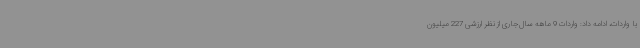
با واردات، ادامه داد: واردات 9 ماهه سال‌جاری از نظر ارزشی 227 میلیون